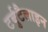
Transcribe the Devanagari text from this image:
टर्बुटैलाइन